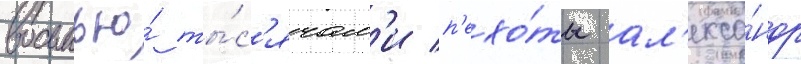
восьмью́ ты́с'ячам'и п'ехо́ты ал'екса́ндр